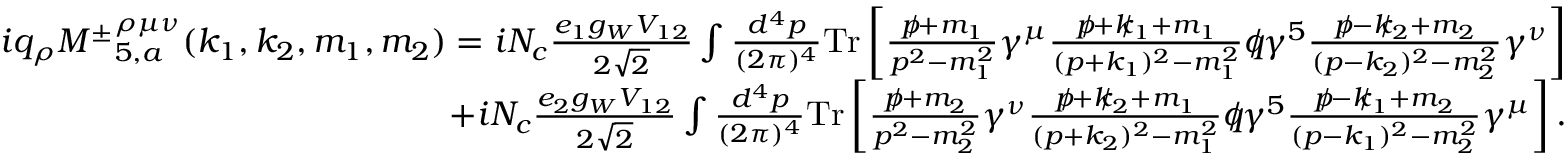
\begin{array} { r l r } & { } & { i q _ { \rho } { M ^ { \pm } } _ { 5 , a } ^ { \rho \mu \nu } ( k _ { 1 } , k _ { 2 } , m _ { 1 } , m _ { 2 } ) = i N _ { c } \frac { e _ { 1 } g _ { W } V _ { 1 2 } } { 2 \sqrt { 2 } } \int \frac { d ^ { 4 } p } { ( 2 \pi ) ^ { 4 } } \mathrm { { T r } } \left[ \frac { p \! \! \! / + m _ { 1 } } { p ^ { 2 } - m _ { 1 } ^ { 2 } } \gamma ^ { \mu } \frac { p \! \! \! / + k \! \! \! / _ { 1 } + m _ { 1 } } { ( p + k _ { 1 } ) ^ { 2 } - m _ { 1 } ^ { 2 } } q \! \! \! / \gamma ^ { 5 } \frac { p \! \! \! / - k \! \! \! / _ { 2 } + m _ { 2 } } { ( p - k _ { 2 } ) ^ { 2 } - m _ { 2 } ^ { 2 } } \gamma ^ { \nu } \right] } \\ & { } & { + i N _ { c } \frac { e _ { 2 } g _ { W } V _ { 1 2 } } { 2 \sqrt { 2 } } \int \frac { d ^ { 4 } p } { ( 2 \pi ) ^ { 4 } } { \mathrm { T r } } \left[ \frac { p \! \! \! / + m _ { 2 } } { p ^ { 2 } - m _ { 2 } ^ { 2 } } \gamma ^ { \nu } \frac { p \! \! \! / + k \! \! \! / _ { 2 } + m _ { 1 } } { ( p + k _ { 2 } ) ^ { 2 } - m _ { 1 } ^ { 2 } } q \! \! \! / \gamma ^ { 5 } \frac { p \! \! \! / - k \! \! \! / _ { 1 } + m _ { 2 } } { ( p - k _ { 1 } ) ^ { 2 } - m _ { 2 } ^ { 2 } } \gamma ^ { \mu } \right] . } \end{array}